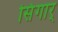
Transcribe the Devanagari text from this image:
सिंगार्